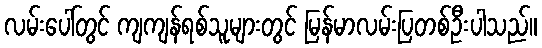
လမ်းပေါ်တွင် ကျကျန်ရစ်သူများတွင် မြန်မာလမ်းပြတစ်ဦးပါသည်။